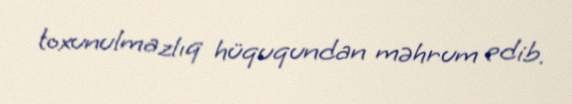
toxunulmazlıq hüququndan məhrum edib.